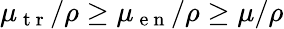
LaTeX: \mu_{\mathrm{~t~r~}}/\rho\geq\mu_{\mathrm{~e~n~}}/\rho\geq\mu/\rho